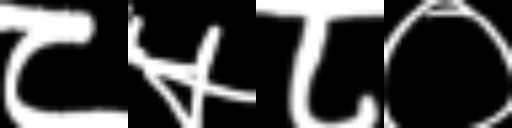
Text: ८५८०